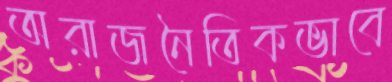
অরাজনৈতিকভাবে